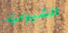
الشيوعية